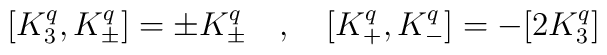
[K_{3}^{q}, K_{\pm}^{q}] = \pm K_{\pm}^{q} \quad , \quad[K_{+}^{q}, K_{-}^{q}] = - [2 K_{3}^{q}]